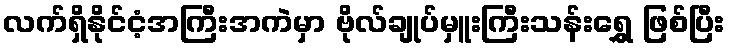
လက်ရှိနိုင်ငံ့အကြီးအကဲမှာ ဗိုလ်ချုပ်မှူးကြီးသန်းရွှေ ဖြစ်ပြီး